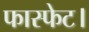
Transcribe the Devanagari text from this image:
फास्फेट।